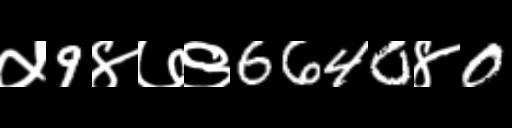
Text: ५9४७९6640४0